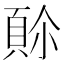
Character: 𩒈